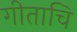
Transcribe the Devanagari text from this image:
गीताचि